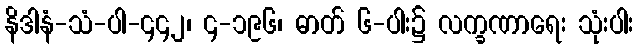
နိဒါနံ-သံ-ပါ-၄၄၂၊ ၄-၁၉၆၊ ဓာတ် ၆-ပါး၌ လက္ခဏာရေး သုံးပါး